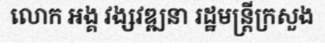
លោក អង្គ វង្សវឌ្ឍនា រដ្ឋមន្ត្រីក្រសួង